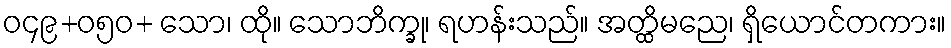
ဝ၄၉+ဝ၅၀+ သော၊ ထို။ သောဘိက္ခု၊ ရဟန်းသည်။ အတ္ထိမညေ၊ ရှိယောင်တကား။